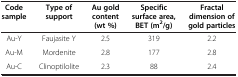
<table><thead><tr><td><b>Code sample</b></td><td><b>Type of support</b></td><td><b>Au gold content (wt %)</b></td><td><b>Specific surface area, BET (m<sup>2</sup>/g)</b></td><td><b>Fractal dimension of gold particles</b></td></tr></thead><tbody><tr><td>Au-Y</td><td>Faujasite Y</td><td>2.5</td><td>319</td><td>2.2</td></tr><tr><td>Au-M</td><td>Mordenite</td><td>2.8</td><td>177</td><td>2.8</td></tr><tr><td>Au-C</td><td>Clinoptilolite</td><td>2.3</td><td>88</td><td>2.4</td></tr></tbody></table>